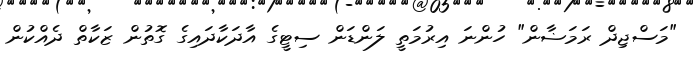
"މަސްޖިދް ރަމަޟާން" ހުންނަ އިރުމަތީ ލަންޑަން ސިޓީގެ އާދަކާދައިގެ ގޮތުން ޒަކާތް ދެއްކުން